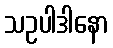
သဥပါဒါနော